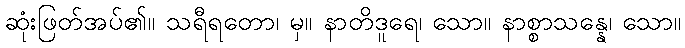
ဆုံးဖြတ်အပ်၏။ သရီရတော၊ မှ။ နာတိဒူရေ၊ သော။ နာစ္စာသန္နေ၊ သော။